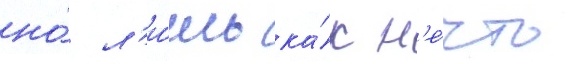
но́ л'и́шь ка́к н'е́что